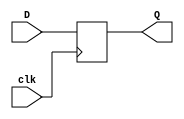
module FF_v (input clk,
				 input [32:0] D,
				 output reg [32:0] Q);
	always@ (posedge clk) begin
		Q <= D;
	end
endmodule